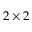
2 \times 2